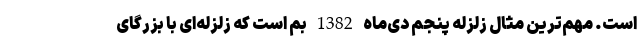
است. مهم‌ترین مثال زلزله پنجم دی‌ماه 1382 بم است که زلزله‌ای با بزرگای